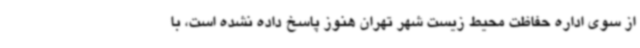
از سوی اداره حفاظت محیط زیست شهر تهران هنوز پاسخ داده نشده است، با